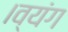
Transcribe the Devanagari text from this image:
।व्यंग